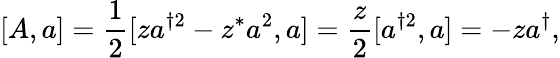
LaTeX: [A,a]={\frac{1}{2}}[za^{\dagger 2}-z^{*}a^{2},a]={\frac{z}{2}}[a^{\dagger 2},a]=-za^{\dagger},